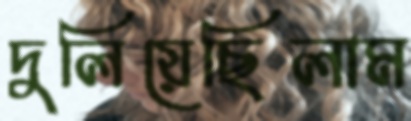
দুলিয়েছিলাম